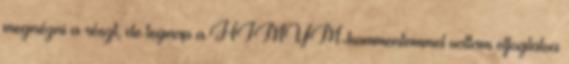
megnézni a részt, de tegnap a HIMYM-kommentemmel voltam elfoglalva